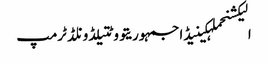
الیکشنحملہکینیڈاجمہوریتووٹتیلڈونلڈ ٹرمپ